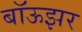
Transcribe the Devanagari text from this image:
बॉऊझर